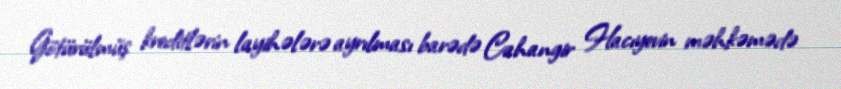
Götürülmüş kreditlərin layihələrə ayrılması barədə Cahangir Hacıyevin məhkəmədə